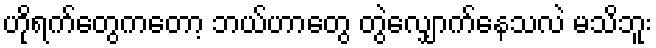
ဟိုရက်တွေကတော့ ဘယ်ဟာတွေ တွဲလျှောက်နေသလဲ မသိဘူး